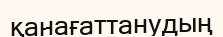
қанағаттанудың